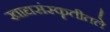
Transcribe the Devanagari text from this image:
खाद्यसंस्कॄतीतले